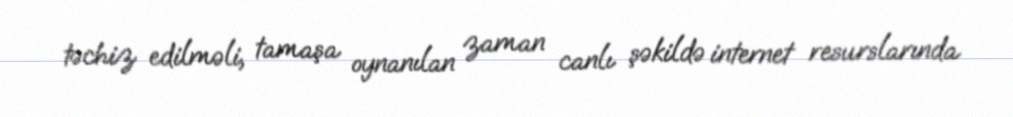
təchiz edilməli, tamaşa oynanılan zaman canlı şəkildə internet resurslarında